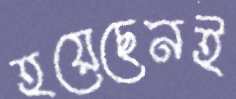
হয়েছেনই